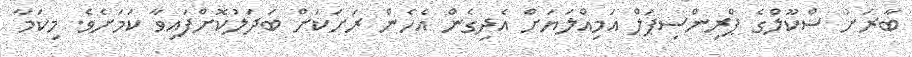
ބާރަށު ސްކޫލްގެ ޕްރިންސިޕަލް އަމިއްލަޔަށް އެދިގެން އެހެން ރަށަކަށް ބަދަލުކޮށްފައިވާ ކަމަށެވެ. މިކަމާ